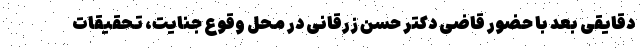
دقایقی بعد با حضور قاضی دکتر حسن زرقانی در محل وقوع جنایت، تحقیقات